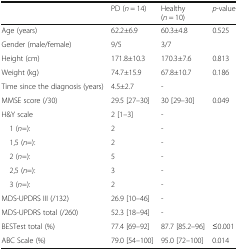
<table><thead><tr><td></td><td><b>PD (<i>n</i> = 14)</b></td><td><b>Healthy (<i>n</i> = 10)</b></td><td><b><i>p</i>-value</b></td></tr></thead><tbody><tr><td>Age (years)</td><td>62.2±6.9</td><td>60.3±4.8</td><td>0.525</td></tr><tr><td>Gender (male/female)</td><td>9/5</td><td>3/7</td><td></td></tr><tr><td>Height (cm)</td><td>171.8±10.3</td><td>170.3±7.6</td><td>0.813</td></tr><tr><td>Weight (kg)</td><td>74.7±15.9</td><td>67.8±10.7</td><td>0.186</td></tr><tr><td>Time since the diagnosis (years)</td><td>4.5±2.7</td><td>-</td><td></td></tr><tr><td>MMSE score (/30)</td><td>29.5 [27–30]</td><td>30 [29–30]</td><td>0.049</td></tr><tr><td>H&amp;Y scale</td><td>2 [1–3]</td><td>-</td><td></td></tr><tr><td> 1 (<i>n</i>=):</td><td>2</td><td>-</td><td></td></tr><tr><td> 1,5 (<i>n</i>=):</td><td>2</td><td>-</td><td></td></tr><tr><td> 2 (<i>n</i>=):</td><td>5</td><td>-</td><td></td></tr><tr><td> 2,5 (<i>n</i>=):</td><td>3</td><td>-</td><td></td></tr><tr><td> 3 (<i>n</i>=):</td><td>2</td><td>-</td><td></td></tr><tr><td>MDS-UPDRS III (/132)</td><td>26.9 [10–46]</td><td>-</td><td></td></tr><tr><td>MDS-UPDRS total (/260)</td><td>52.3 [18–94]</td><td>-</td><td></td></tr><tr><td>BESTest total (%)</td><td>77.4 [69–92]</td><td>87.7 [85.2–96]</td><td>≤0.001</td></tr><tr><td>ABC Scale (%)</td><td>79.0 [54–100]</td><td>95.0 [72–100]</td><td>0.014</td></tr></tbody></table>